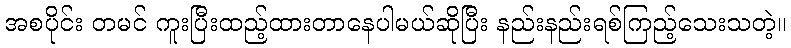
အစပိုင်း တမင် ကူးပြီးထည့်ထားတာနေပါမယ်ဆိုပြီး နည်းနည်းရစ်ကြည့်သေးသတဲ့။